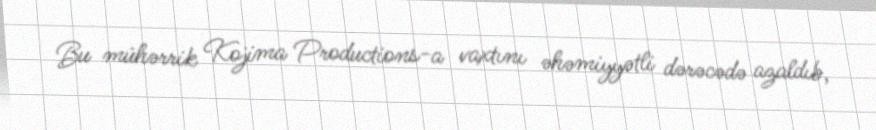
Bu mühərrik Kojima Productions-a vaxtını əhəmiyyətli dərəcədə azaldıb,